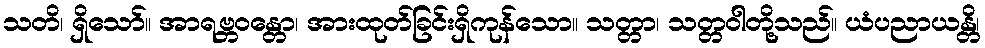
သတိ၊ ရှိသော်။ အာရဗ္ဘဝန္တော၊ အားထုတ်ခြင်းရှိကုန်သော။ သတ္တာ၊ သတ္တဝါတို့သည်။ ယံပညာယန္တိ၊